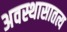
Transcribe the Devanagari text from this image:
अवस्थासातत्य